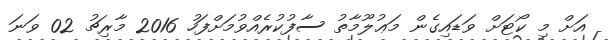
އަށް މި ކޯޓަށް ވަޑައިގެން މަޢުލޫމާތު ސާފުކުރެއްވުމަށްފަހު 2016 މާރިޗު 02 ވަނަ